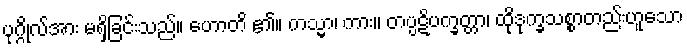
ပုဂ္ဂိုလ်အား မရှိခြင်းသည်။ ဟောတိ ၏။ ကသ္မာ၊ ကား။ တပ္ပဋိပက္ခတ္တာ၊ ထိုဒုက္ခသစ္စာတည်းဟူသော